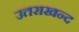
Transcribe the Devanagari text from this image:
उतराखन्द